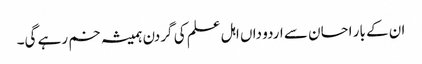
ان کے بار احسان سے اردو داں اہل علم کی گردن ہمیشہ خم رہے گی۔